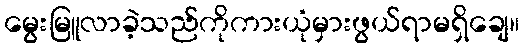
မွေးမြူလာခဲ့သည်ကိုကားယုံမှားဖွယ်ရာမရှိချေ။